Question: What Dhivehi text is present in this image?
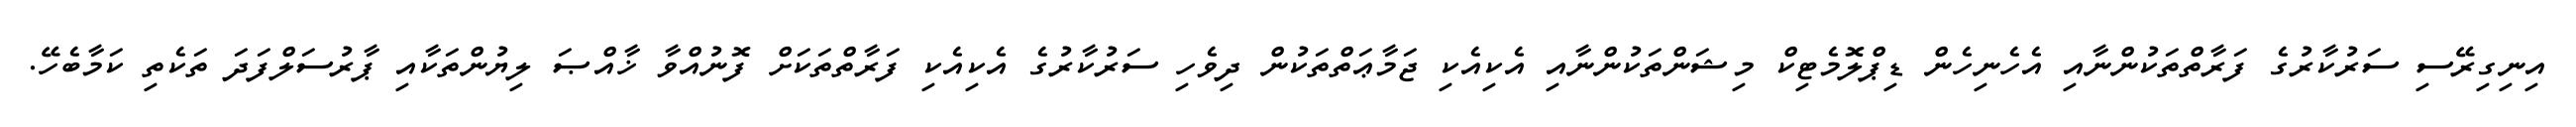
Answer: އިނިގިރޭސި ސަރުކާރުގެ ފަރާތްތަކުންނާއި އެހެނިހެން ޑިޕްލޮމެޓިކް މިޝަންތަކުންނާއި އެކިއެކި ޖަމާޢަތްތަކުން ދިވެހި ސަރުކާރުގެ އެކިއެކި ފަރާތްތަކަށް ފޮނުއްވާ ޚާއްޞަ ލިޔުންތަކާއި ޕާރުސަލްފަދަ ތަކެތި ކަމާބެހޭ.